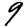
Digit: 9